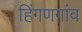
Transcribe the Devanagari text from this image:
हिंगणगांव